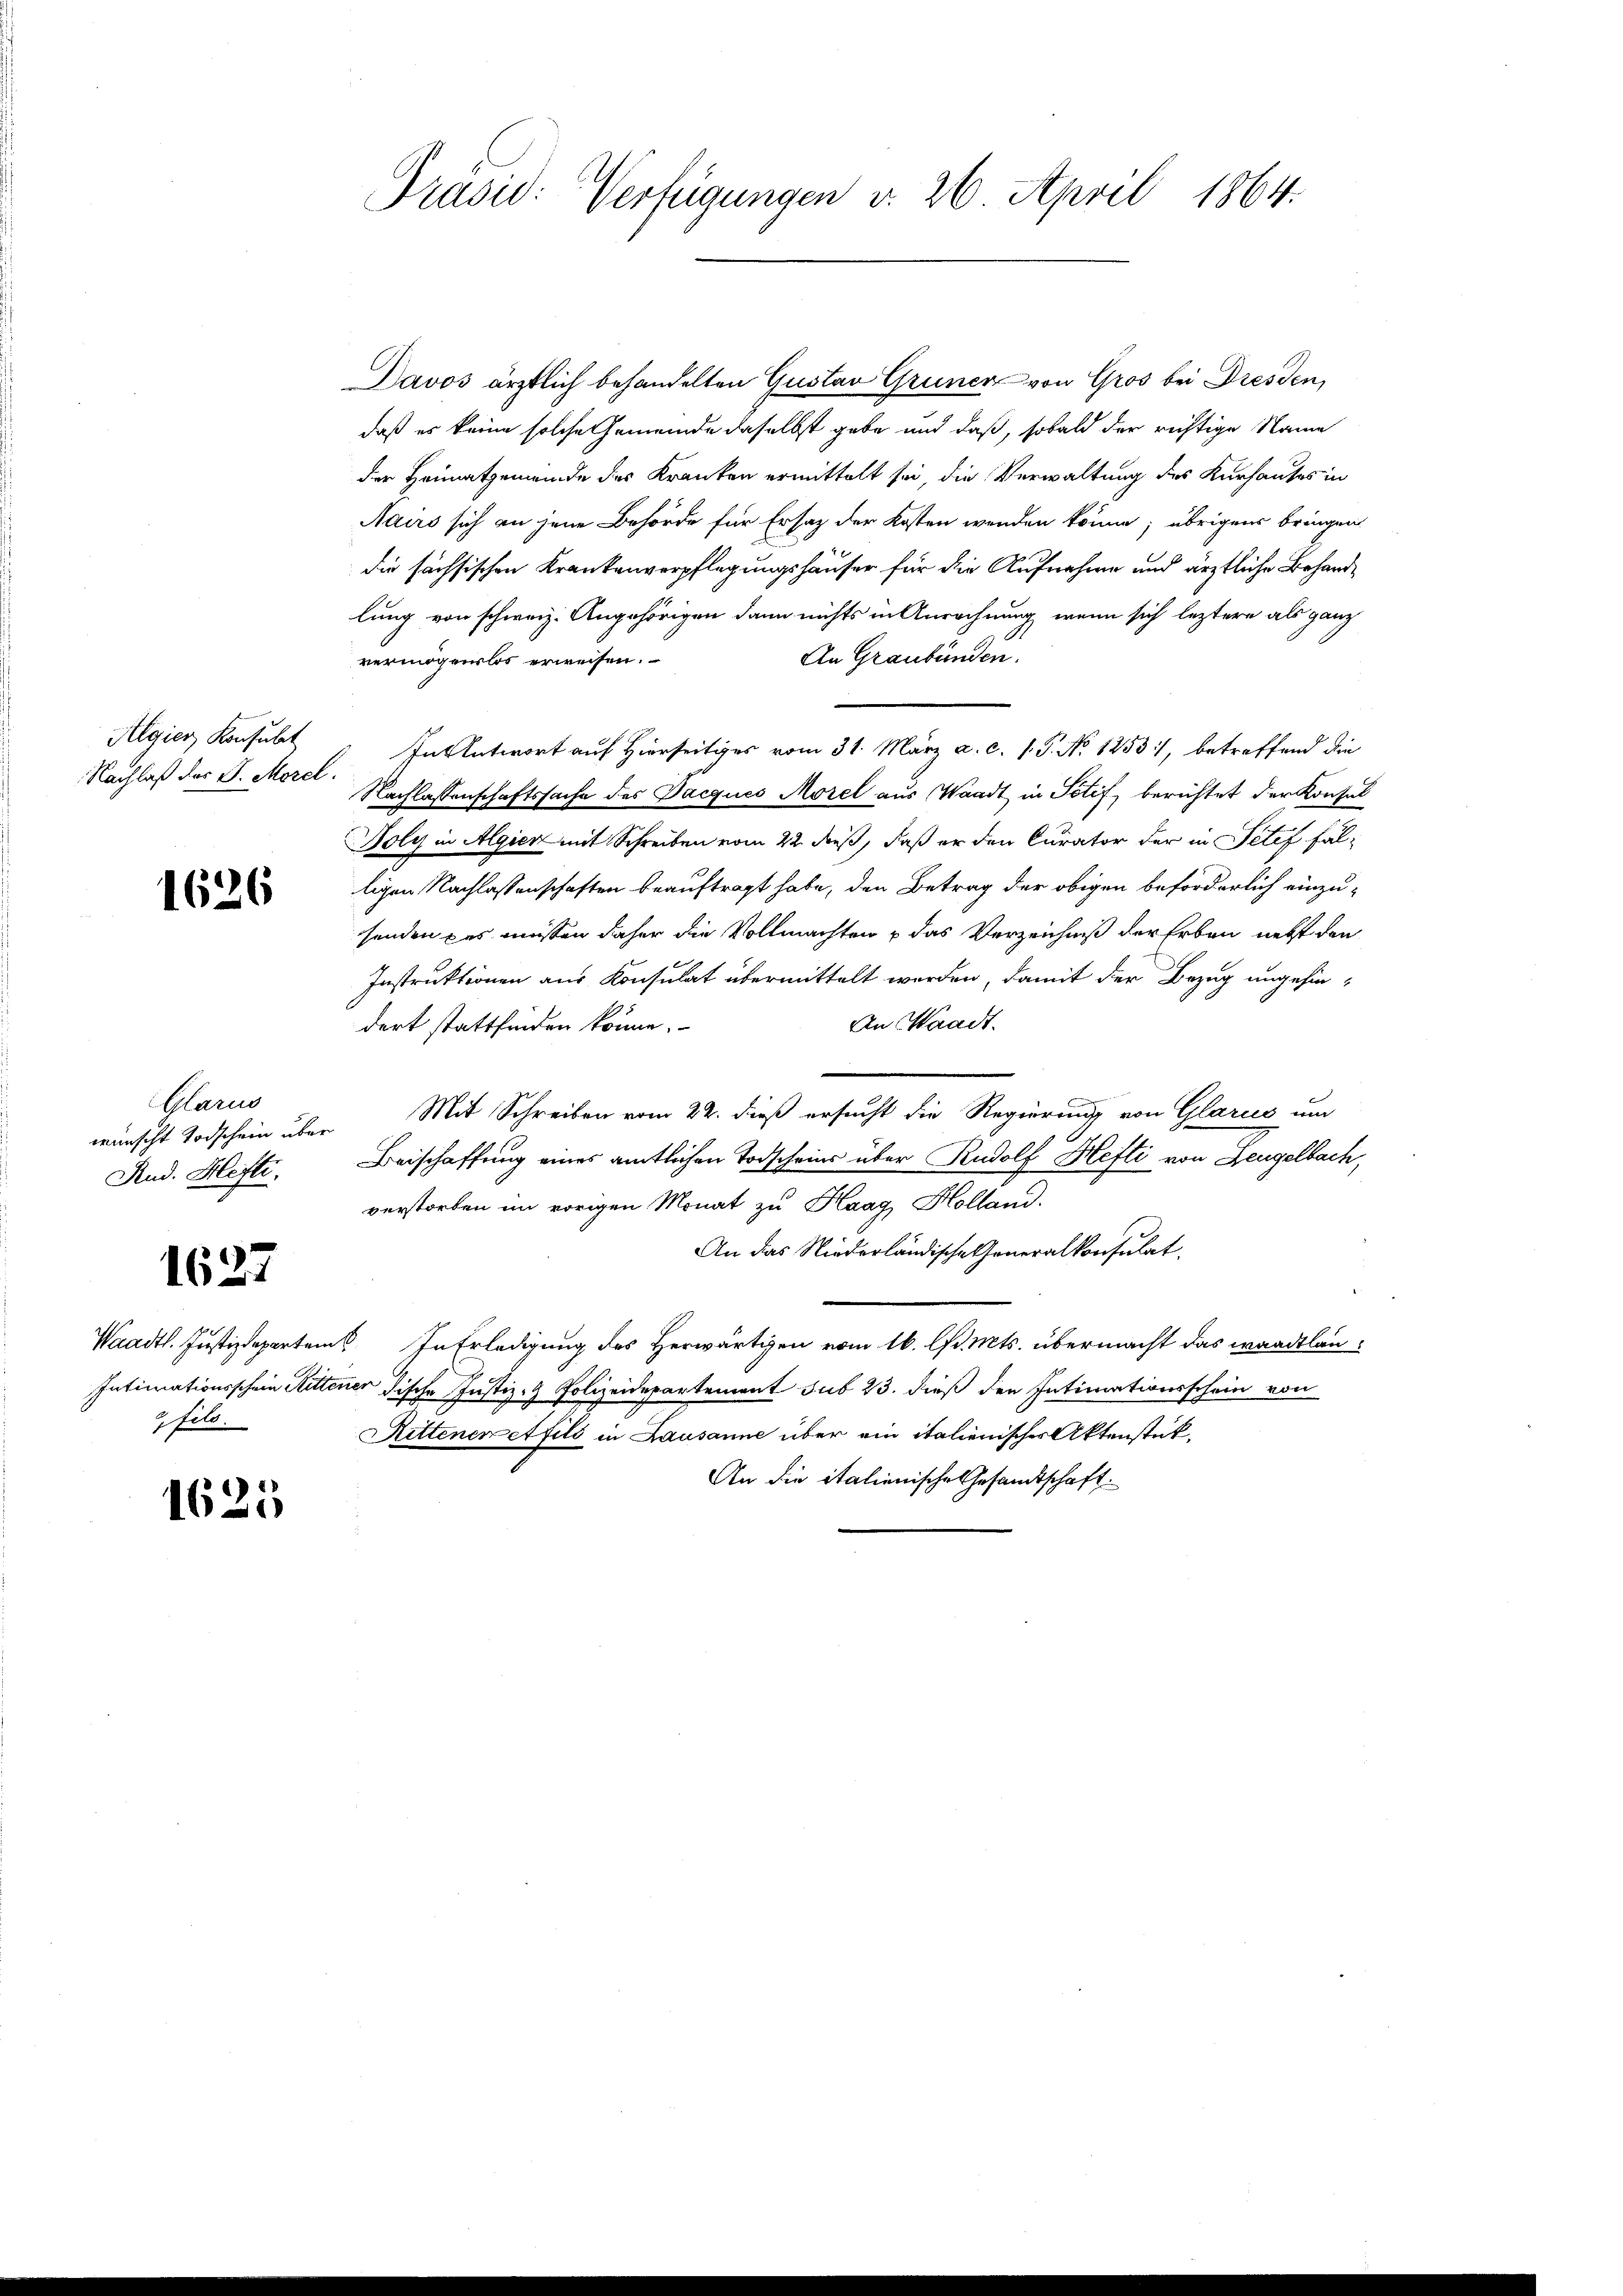
Algier Konsult
Nachlaß des J. Morel.

1626

Glarus
wünscht Todschein über
Rud. Hefte.

1627

Intimationsschein Ritte
fils.

1625

Präsid: Verfügungen v. 26. April 1864.

Davos ärztlich behandelten Gustav Grüner von Gros bei Dresden,
daß es keine solche Gemeinde daselbst gebe und daß, sobald der richtige Name
der Heimatgemeinde der Kranken ermittelt sei, die Verwaltung des Kursantes in
Mairs sich an jene Behörde für Ersatz der Kosten wenden könne; übrigens bringen
die sächsischen Krankenverpflegungshäuser für die Aufnahme und ärztliche Behandlung von schweiz. Angehörigen dann nichts in Anrechnung, wenn sich leztere als ganz
An Graubünden.
vermögenslos erweisen.
In Antwort auf Hierseitiges vom 31. März a. c. 1. P. No 1253), betreffend die
Nachlassenschaftssache des Pacques Morel aus Waadt in Potif, berichtet der Konsul
Foly in Algier mit Schreiben vom 22. dieß, daß er den Curator der in Petef Fälligen Nachlassenschaften beauftragt habe, den Betrag der obigen beförderlich einzusenden pas müssen daher die Vollmachten & das Verzeichniß der Erben nebst den
Instruktionen aus Konsulat übermittelt werden, damit der Bezug angehin¬
An Waadt.
dort stattfinden könne.
Mit Schreiben vom 22. dieß ersucht die Regierung von Glarus um
Beischaffung eines amtlichen Todscheins über Rudolf Hefti von Zeugelbach,
verstorben im vorigen Monat zu Kaag, Holland.
An das Niederländische Generalkonsulat.
Waadt. Justizdeparteme. In Erledigung des Herwärtigen vom 16. d. Mts. übermacht das waadtlanmner dische Justiz- & Polizeidepartement sub 23. dieß den Intimationsschein von
Rittenen et fils in Lausanne über ein italienischer Aktenstük¬
An die italienische Gesandtschaft.